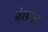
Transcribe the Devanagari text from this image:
अंसगत